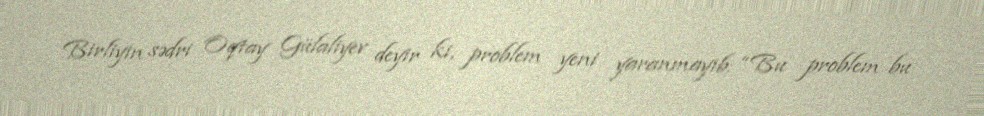
Birliyin sədri Oqtay Gülaliyev deyir ki, problem yeni yaranmayıb: “Bu problem bu